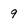
Character: 9